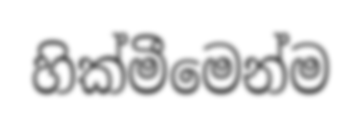
හික්මීමෙන්ම